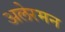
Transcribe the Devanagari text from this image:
अलेरमन